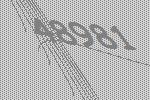
48981